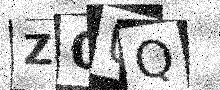
Text: Z0UQ